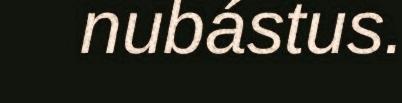
nubástus.